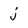
Character: j